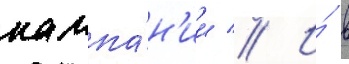
кампа́н'ии // И́ в